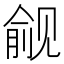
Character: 觎